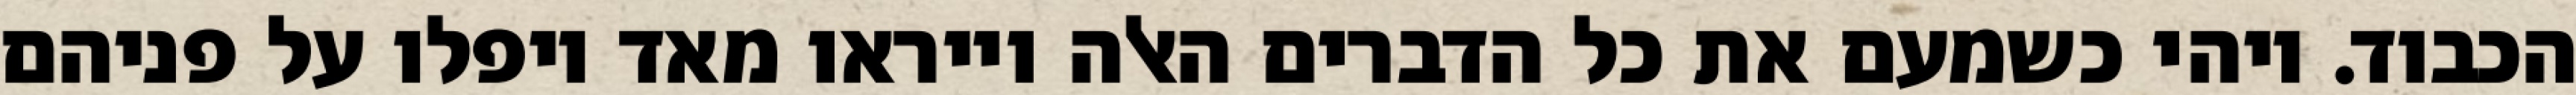
הכבוד. ויהי כשמעם את כל הדברים האלה וייראו מאד ויפלו על פניהם